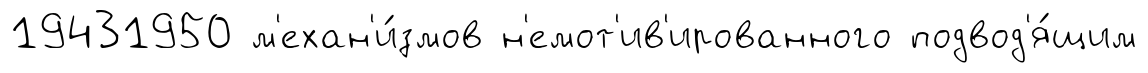
19431950 м'ехан'и́змов н'емот'ив'ированного подвод'я́щим